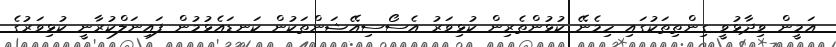
އަމީން ވިދާޅުވީ ގިންތިތަކުގައި ހިމެނޭ ކުޅުންތެރިން ކުޅިވަރު އެސޯސިއޭޝަންތަކުން ކަނޑައެޅުމުން ފައިނަލްކުރާނީ ކުޅިވަރުގެ